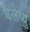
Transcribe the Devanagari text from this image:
बैलेव्यु